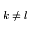
k \neq l